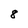
Character: 8